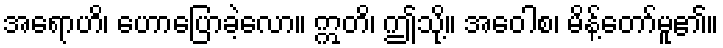
အရောဟိ၊ ဟောပြောခဲ့လော။ ဣတိ၊ ဤသို့။ အဝေါစ၊ မိန့်တော်မူ၏။